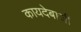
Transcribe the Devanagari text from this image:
कायदेबाजी